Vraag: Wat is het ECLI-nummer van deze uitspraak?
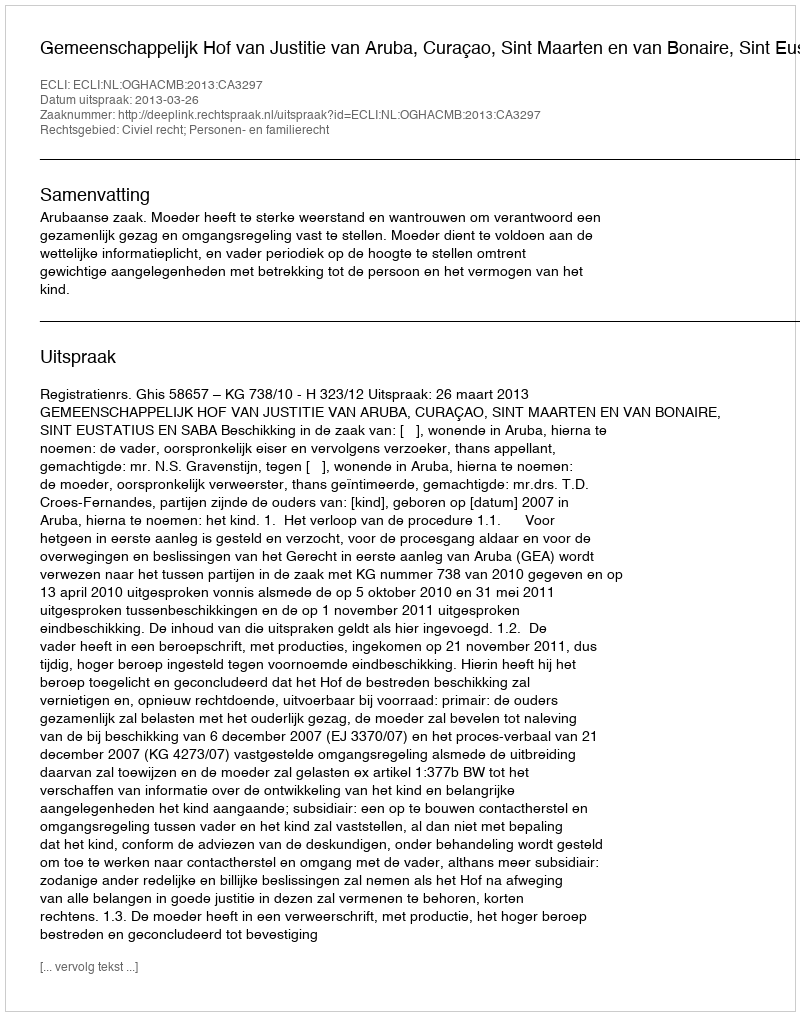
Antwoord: ECLI:NL:OGHACMB:2013:CA3297